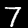
Digit: 7